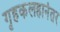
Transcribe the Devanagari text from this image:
गृहकलहानंतर